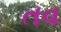
તવ